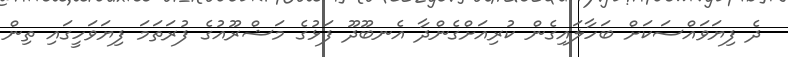
ދެ ފިޔަވައްސަކަށް ބަހާލައިގެން ކުރިއަށްގެންދާ އެނބޫދޫ ފަޅުގެ މަޝްރޫއުގެ ފުރަތަމަ ފިޔަވަހީގައި ތިން